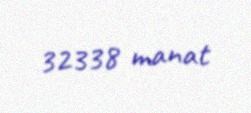
32338 manat